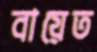
বায়েত